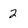
Character: 2